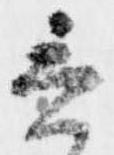
言